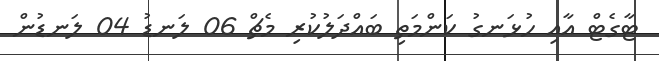
ޓާގެޓް އާއި ހުޅަނގު ކަންމަތި ބައްދަލުކުރި މެޗް 06 ލަނޑު 04 ލަނޑުން